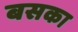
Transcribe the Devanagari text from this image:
बसका